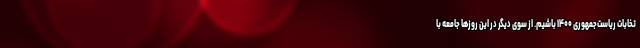
تخابات ریاست‌جمهوری ۱۴۰۰ باشیم. از سوی دیگر در این روزها جامعه با